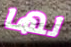
لها